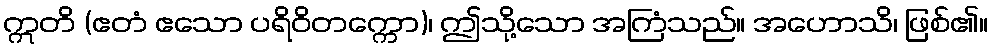
ဣတိ (ဧတံ ဧသော ပရိဝိတက္ကော)၊ ဤသို့သော အကြံသည်။ အဟောသိ၊ ဖြစ်၏။